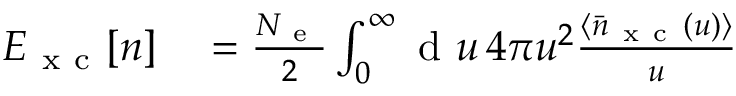
\begin{array} { r l } { E _ { \mathrm { ~ x ~ c ~ } } \ensuremath { [ n ] } } & { { } = \frac { \ensuremath { N _ { \mathrm { ~ e ~ } } } } { 2 } \int _ { 0 } ^ { \infty } \mathrm { ~ d ~ } u \, 4 \pi u ^ { 2 } \frac { \langle \bar { n } _ { \mathrm { ~ x ~ c ~ } } ( u ) \rangle } { u } } \end{array}